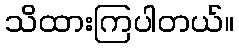
သိထားကြပါတယ်။